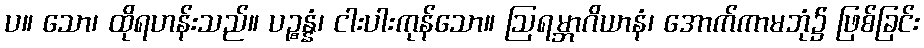
ပ။ သော၊ ထိုရဟန်းသည်။ ပဉ္စန္နံ၊ ငါးပါးကုန်သော။ ဩရမ္ဘာဂိယာနံ၊ အောက်ကာမဘုံ၌ ဖြစ်ခြင်း